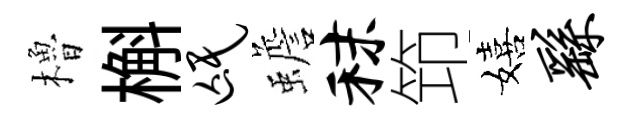
櫓槲氓蟾秣笻嬉繇